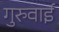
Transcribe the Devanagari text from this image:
गुरुवाई